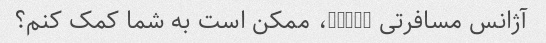
آژانس مسافرتی onxiu، ممکن است به شما کمک کنم؟